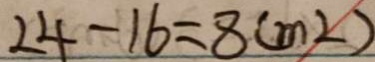
2 4 - 1 6 = 8 ( m ^ { 2 } )